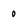
Character: 0